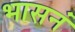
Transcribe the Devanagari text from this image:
भासनं